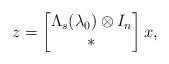
LaTeX: \begin{align*}z = \begin{bmatrix}\Lambda_s(\lambda_0)\otimes I_n \\ * \end{bmatrix}x,\end{align*}